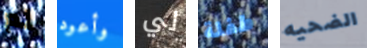
لم وأعود لي طفلة الضحيه